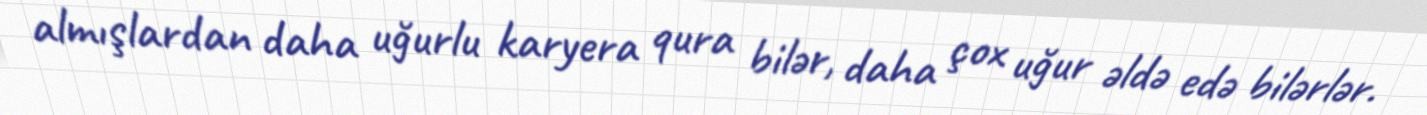
almışlardan daha uğurlu karyera qura bilər, daha çox uğur əldə edə bilərlər.